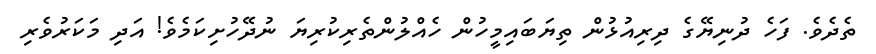
ތެދެވެ. ފަހެ ދުނިޔޭގެ ދިރިއުޅުން ތިޔަބައިމީހުން ހެއްލުންތެރިކުރިޔަ ނުދޭހުށިކަމެވެ! އަދި މަކަރުވެރި